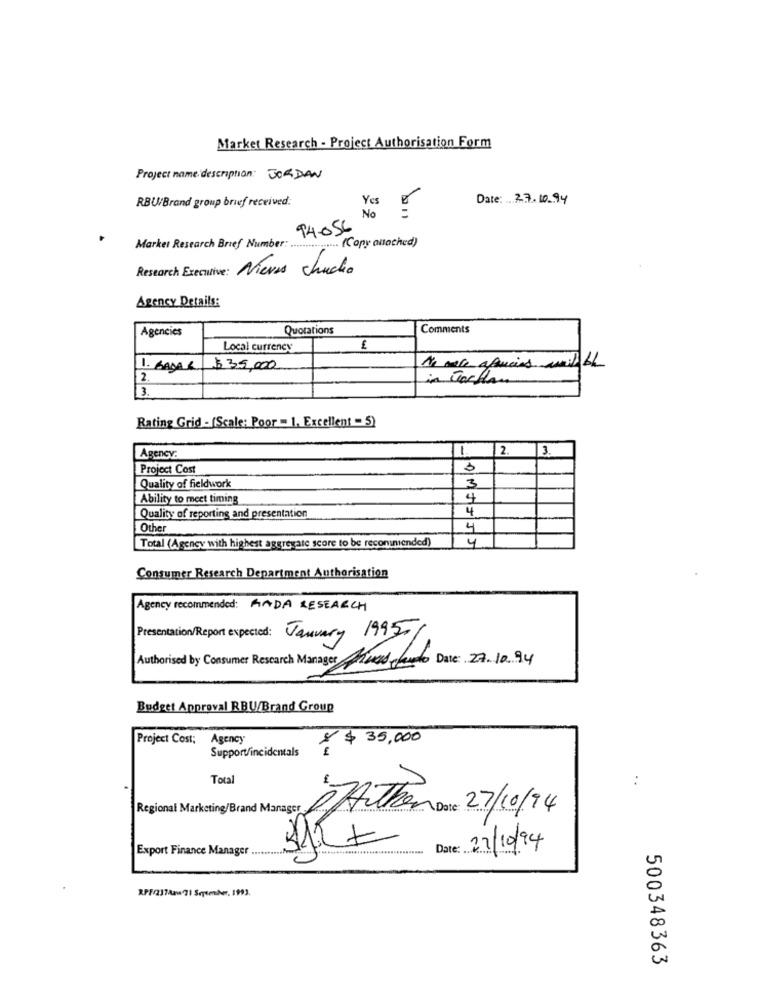
Market Research - Project Authorisation Form
Project name: description: JORDAN
RBU/Brand group brief received:
Yes
Date: 27.10.94
No
94.056
Market Research Brief Number: ...
" ................ (Copy attached)
Research Executive : Nieves chucho
Agency Details:
Agencies
Quotations
Comments
Local currency
1. BANAR $ 35,000
N'a more ofancias avait bh
2
in Vachan
3
Rating Grid - (Scale: Poor = 1. Excellent - 5)
-
2.
3.
Agency:
Project Cost
Quality of fieldwork
3
Ability to meet timing
4
4
Quality of reporting and presentation
Other
4
Total (Agency with highest aggregate score to be recommended)
4
Consumer Research Department Authorisation
Agency recommended: RADA RESEARCH
Presentation/Report expected: January 1995
Authorised by Consumer Research ManagerAnd claude Date: 27.10.94
Budget Approval RBU/Brand Group
Project Cost;
Agency
$ $ 35,000
Support/incidentals
Total
Regional Marketing/Brand Manager
Athen Dust 27/10/94
Export Finance Manager ...........
27/10/94
RP7/237/Aaw71 September, 1993.
500348363